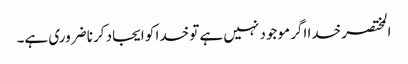
المختصر خدا اگر موجود نہیں ہے تو خدا کو ایجاد کرنا ضروری ہے۔